Annual report on the lock hospitals of the Madras Presidency
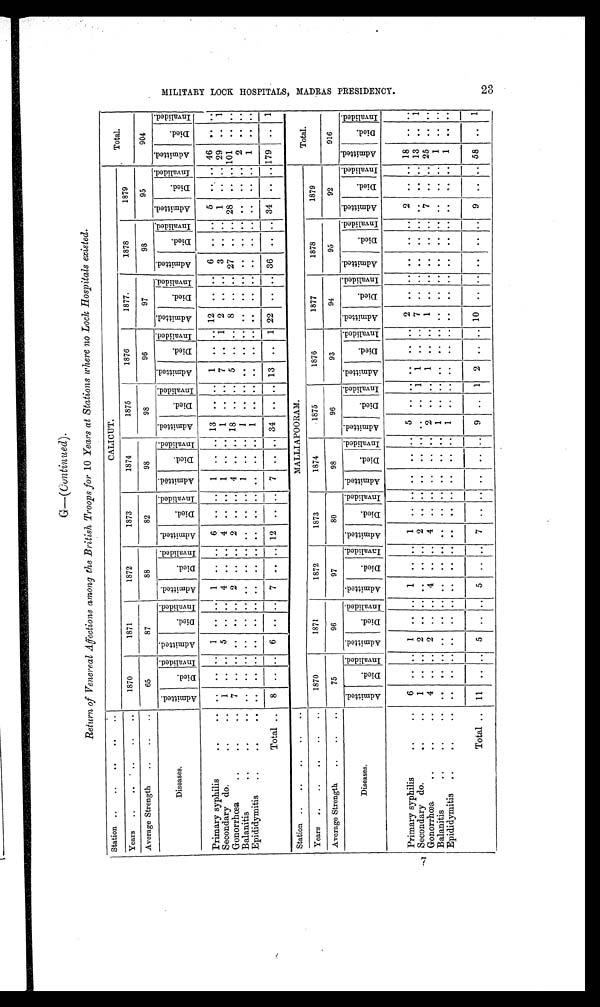
G—(Continued ).
Return of Venereal Affections among the British Troops for 10 Years at Stations where no Lock Hospitals existed.
Station ..
..
..
..
CALICUT.
Total.
Years ..
..
..
..
..
1870
1871
1872
1873
1874
1875
1876
1877.
1878
1879
Average Strength
..
. . . .
65
87
88
82
98
98
96
97
98
95
904
Diseases.
A d m i t t e d .
D i e d .
I n v a l i d e d . A d m i t t e d .
Di ed.
I n v a l i d e d .
A d m i t t e d .
D i e d .
I n v a l i d e d . A d m i t t e d .
Di e d.
I n v a l i d e d .
A d m i t t e d .
D i e d .
I n v a l i d e d .
A d m i t t e d .
D i e d .
I n v a l i d e d . A d m i t t e d .
D i e d .
I n v a l i d e d .
A d m i t t e d .
D i e d .
I n v a l i d e d .
A d m i t t e d .
D i e d .
I n v a l i d e d . A d m i t t e d .
D i e d .
I n v a l i d e d . A d m i t t e d .
D i e d .
I n v a l i d e d .
Primary syphilis
. .
. .
. .
. .
. . 1
. .
. . 1 .. .. 6 .. .
1 .. .. 13 .. .. 1
.. . . 12 .. .. 6
. . . . 5 .. .. 46 ... ..
Secondary do.
. .
..
1
. .
. . 5
. . . .
4
. . . .
4
. . . .
1
. . . .
1
. .
. . 7
. . 1 2 .. .. 3
. . .. 1 .. .. 29 .. 1
Gonorrhœa
..
..
. .
7
. .
.
. . . .
2 ..
. . 2
. . . .
4
. . . . 18
. . .. 5
. . .. 8
. .
. .
2 7 .. .. 28 .. .. 101 .. ..
Balanitis
..
..
. .
. .
. .
. .
. .
. . . .
. .
. . . .
. .
. . . .
1
. . . .
1
. .
. . . .
. . . .
. .
. .
. .
. .
. . . .
. .
. .
. . 2
Epididymitis
. .
. .
. .
. .
. .
. .
. . . .
. .
. . . .
. .
. . . .
. .
. . . .
1
. .
. . . .
. . . .
. .
. .
. .
. .
. . . .
. .
. .
. . 1
. . . .
Total ..
8 .. .. 6 .. ..
.. .. 12 .. .. 7 .. .. 34 .. .. 13 .. 1 22 .. .. 36 .. .. 34 .. .. 179 .. 1
Station ..
..
..
..
..
MALLIAPOORAM.
Total.
Years ..
..
..
..
..
1870
1871
1872
1873
1874
1875
1876
1877
1878
1879
Average Strength..
. . ..
7 5
96
97
80
98
96
93
94
95
92
916
Diseases.
A d m i t t e d .
D i e d .
I n v a l i d e d . A d m i t t e d .
D i e d .
I n v a l i d e d . A d m i t t e d .
D i e d .
I n v a l i d e d . A d m i t t e d .
Di e d .
I n v a l i d e d .
A d m i t t e d .
D i e d .
I n v a l i d e d . A d m i t t e d .
D i e d .
I n v a l i d e d . A d m i t t e d .
D i e d .
I n v a l i d e d . A d m i t t e d .
D i e d .
I n v a l i d e d .
A d m i t t e d .
D i e d .
I n v a l i d e d . A d m i t t e d .
D i e d .
I n v a l i d e d . A d m i t t e d .
D i e d .
I n v a l i d e d .
Primary syphilis
..
..
6
. .
. . 1
. . . .
1
. . . .
1
. . . .
. .
. . . .
5
. .
. . . .
. . . .
2
. .
. .
. .
. . . .
2
. .
. . 1 8
.. ..
Secondary do.
. .
. . 1 .. .. 2 .. .. . . _
.. .. 2
. . . .
. .
. . . .
. .
. . 1 1
. . . . 7
. . . . . .
. .
. . .. .. .. 13 .. 1
Gonorrhœa
..
. .
. .
4 .. .. 2 .. .. 4 .. .. 4 .. .. .. .. .. 2 .. .. 1 .. .. 1 .. .. .. .. .. 7
. . .. 25
. . ..
Balanitis
..
. .
. .
. .
. . . .
. . . .
. .
. . . .
. .
. . . . . .
. . . .
1
. .
. . . .
. . . .
. .
. .
. .
. .
. . . .
. .
. .
. . 1
. . . .
Epididymitis
..
. .
. .
. .
. .
. . . .
. . . .
. .
. . . .
. .
. . . . . .
. . . .
1
. .
. . . .
. . . .
. .
. .
. .
. .
. . . .
. .
. .
. . 1
. . . .
Total .. 11 .. .. 5 .. .. 5 .. .. 7
. . . . . .
. . . . 9 .. 1 2 .. .. 10 .. .. ..
. . .. 9 .. .. 58 .. 1
M I L I T A R Y L O C K H O S P I T A L S M A D R A S P R E S I D E N C Y .
23